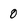
Character: 0